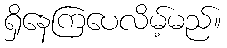
ရှိနေကြပေလိမ့်မည်။